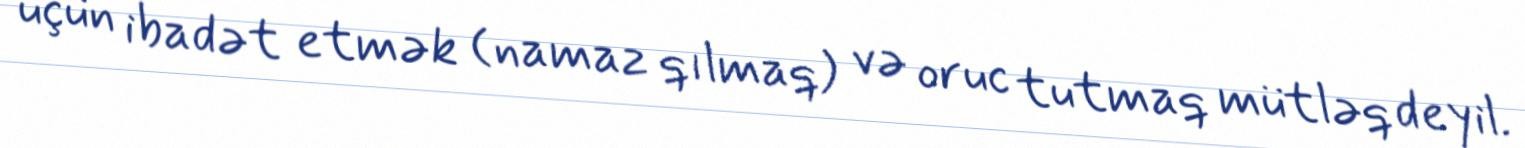
üçün ibadət etmək (namaz qılmaq) və oruc tutmaq mütləq deyil.